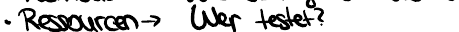
Ressourcen -> Wer testet?